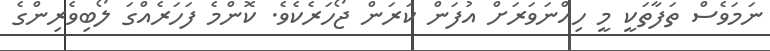
ނަމަވެސް ތަފާތަކީ މީ ހިއްނަވަރަށްް އުފަން ކަރަން ޖޯހަރެކެވެ. ކޮންމެ ފަހަރެއްގަ ލޯބިވެރިންގެ